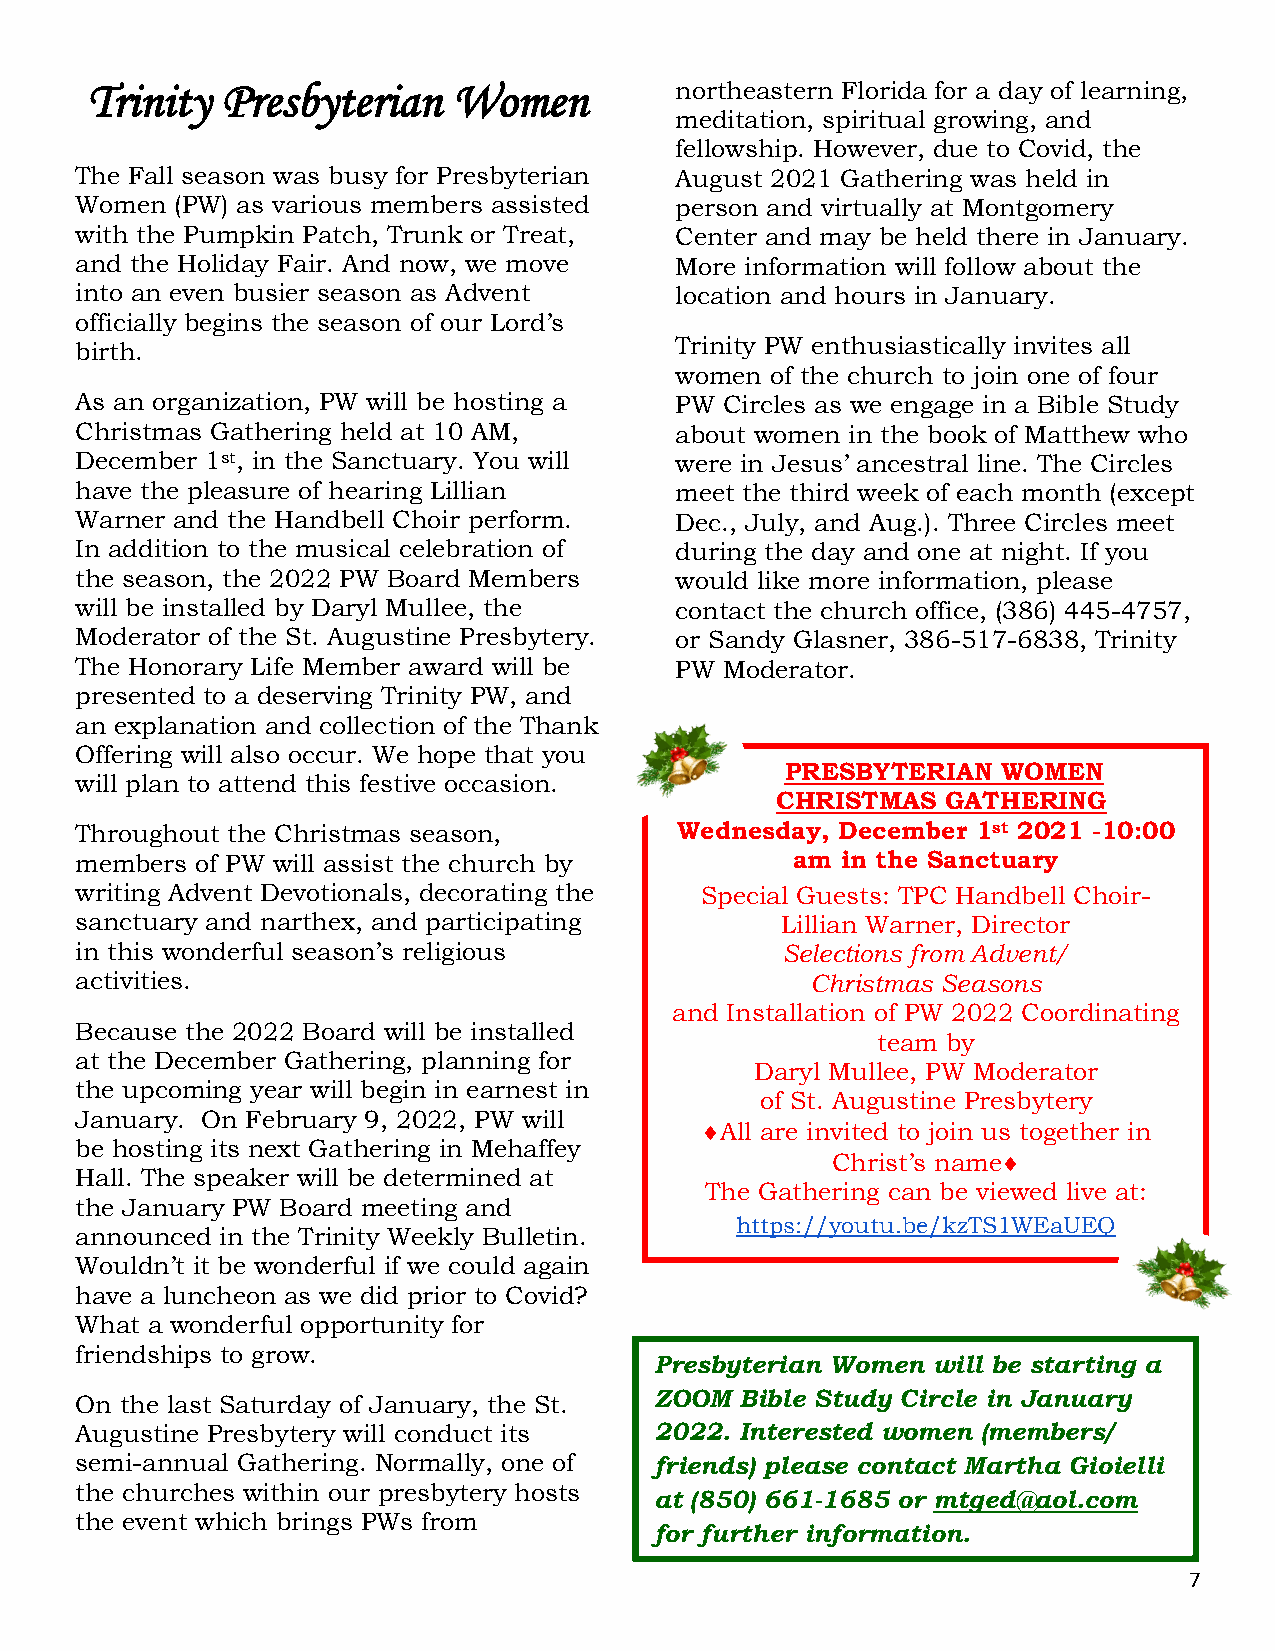
Trinity  Presbyterian   Women          northeastern Florida for a day of learning,
 meditation, spiritual growing, and
 fellowship. However, due to Covid, the
 The Fall season was busy for Presbyterian August 2021 Gathering was held in
 Women  (PW) as various members assisted person and virtually at Montgomery
 with the Pumpkin Patch, Trunk or Treat, Center and may be held there in January.
 and the Holiday Fair. And now, we move  More information will follow about the
 into an even busier season as Advent    location and hours in January.
 officially begins the season of our Lord’s
 birth.                                  Trinity PW enthusiastically invites all
 women of the church to join one of four
 As an organization, PW will be hosting a PW Circles as we engage in a Bible Study
 Christmas Gathering held at 10 AM,      about women in the book of Matthew who
 December 1st, in the Sanctuary. You will were in Jesus’ ancestral line. The Circles
 have the pleasure of hearing Lillian    meet the third week of each month (except
 Warner and the Handbell Choir perform.  Dec., July, and Aug.). Three Circles meet
 In addition to the musical celebration of during the day and one at night. If you
 the season, the 2022 PW Board Members   would like more information, please
 will be installed by Daryl Mullee, the  contact the church office, (386) 445-4757,
 Moderator of the St. Augustine Presbytery. or Sandy Glasner, 386-517-6838, Trinity
 The Honorary Life Member award will be  PW Moderator.
 presented to a deserving Trinity PW, and
 an explanation and collection of the Thank
 Offering will also occur. We hope that you
 PRESBYTERIAN  WOMEN
 will plan to attend this festive occasion.
 CHRISTMAS   GATHERING
 Throughout the Christmas season,        Wednesday, December 1st 2021 -10:00
 members of PW will assist the church by        am  in the Sanctuary
 writing Advent Devotionals, decorating the Special Guests: TPC Handbell Choir-
 sanctuary and narthex, and participating       Lillian Warner, Director
 in this wonderful season’s religious           Selections from Advent/
 activities.                                      Christmas Seasons
 and Installation of PW 2022 Coordinating
 Because the 2022 Board will be installed
 team by
 at the December Gathering, planning for
 Daryl Mullee, PW Moderator
 the upcoming year will begin in earnest in
 of St. Augustine Presbytery
 January. On February 9, 2022, PW will
 All are invited to join us together in
 be hosting its next Gathering in Mehaffey
 Christ’s name
 Hall. The speaker will be determined at
 The Gathering can be viewed live at:
 the January PW Board meeting and
 https://youtu.be/kzTS1WEaUEQ
 announced in the Trinity Weekly Bulletin.
 Wouldn’t it be wonderful if we could again
 have a luncheon as we did prior to Covid?
 What a wonderful opportunity for
 friendships to grow.
 Presbyterian Women will be starting a
 ZOOM  Bible Study Circle in January
 On the last Saturday of January, the St.
 Augustine Presbytery will conduct its 20 22. Interested women (members/
 semi-annual Gathering. Normally, one of friends) please contact Martha Gioielli
 the churches within our presbytery hosts
 at (850) 661-1685 or mtged@aol.com
 the event which brings PWs from
 for further information.
 7